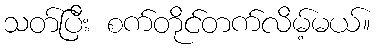
သတ်ပြီး စက်တိုင်တက်လိမ့်မယ်။